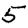
Digit: 5